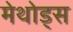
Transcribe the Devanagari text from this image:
मेथोड्स